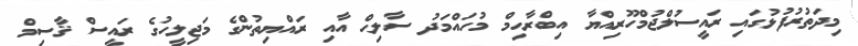
މިދަތުރުފުޅުގައި ރައީސުލްޖުމްހޫރިއްޔާ އިބްރާހިމް މުހައްމަދު ސާލިޙް އާއި ރައްޔިތުންގެ މަޖިލީހުގެ ރައީސް ޤާސިމް